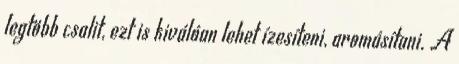
legtöbb csalit, ezt is kiválóan lehet ízesíteni, aromásítani. A